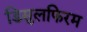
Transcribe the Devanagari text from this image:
डिसुलफिरम